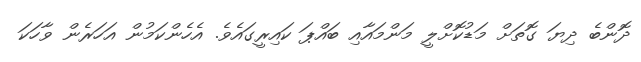
ދޮންބެ ދިޔަ ގޮތަށް މަޑުކޮށްލީ މަންމައާއި ބައްޕަ ކައިރީގައެވެ. އެހެންކަމުން އަހަރެން ވާހަކަ